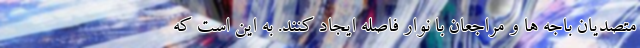
متصدیان باجه ها و مراجعان با نوار فاصله ایجاد کنند. به این است که